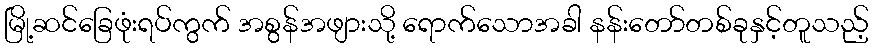
မြို့ဆင်ခြေဖုံးရပ်ကွက် အစွန်အဖျားသို့ ရောက်သောအခါ နန်းတော်တစ်ခုနှင့်တူသည့်